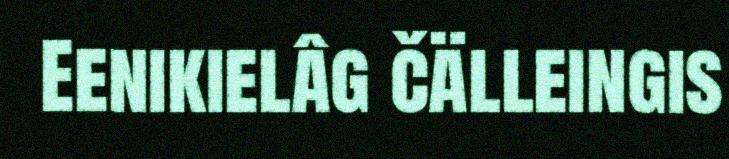
Eenikielâg čälleingis